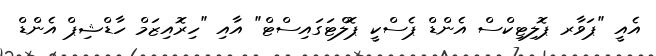
އެއީ "ޕަވާރ ޕޮލިޓިކްސް އެންޑް ޕެސްކީ ޕޮލްޓަގައިސްޓް" އާއި "ހިރޮއިޒަމް ހާޑްޝިޕް އެންޑް